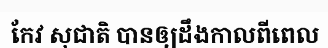
កែវ សុជាតិ បានឲ្យដឹងកាលពីពេល